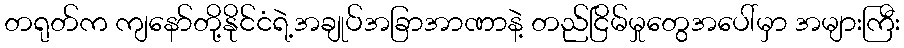
တရုတ်က ကျနော်တို့နိုင်ငံရဲ့အချုပ်အခြာအာဏာနဲ့ တည်ငြိမ်မှုတွေအပေါ်မှာ အများကြီး